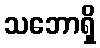
သဘောရှိ